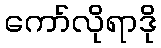
ကော်လိုရာဒို